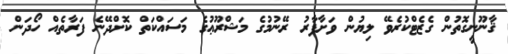
ޤާނޫނީގޮތުން ގެޒެޓްކުރެވޭ ލިޔުން ވަށާފާރު ރޭނުމުގެ މަޝްރޫޢުގެ މަސައްކަތް ކޮށްދޭނެ ފަރާތެއް ހޯދަން